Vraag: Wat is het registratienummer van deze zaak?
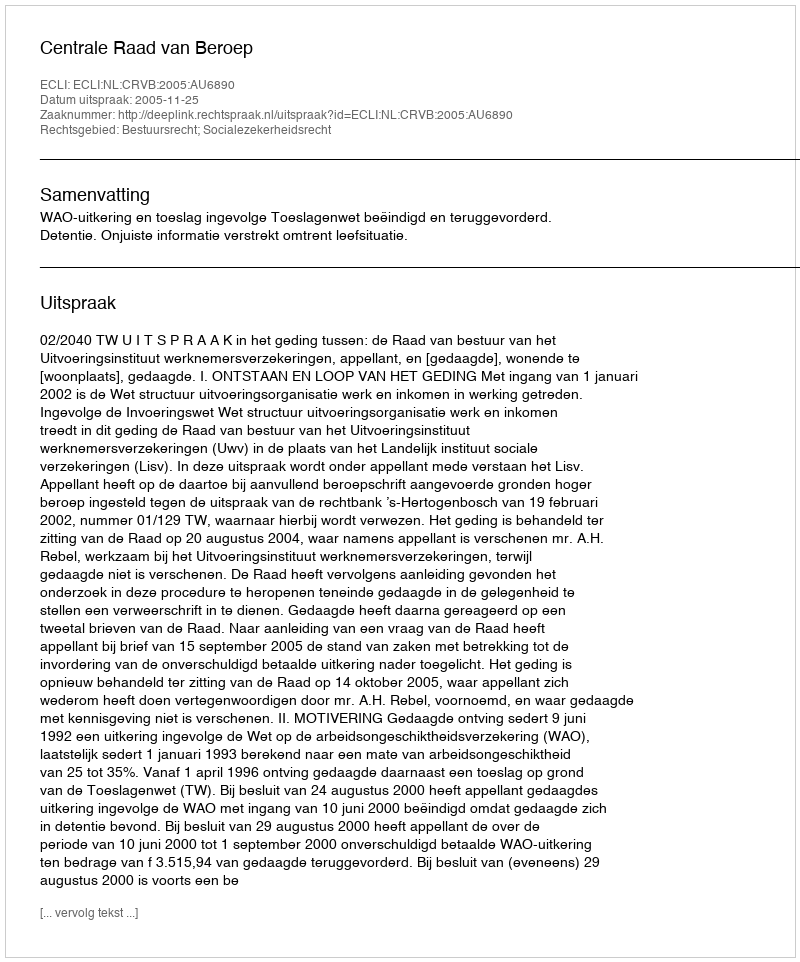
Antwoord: http://deeplink.rechtspraak.nl/uitspraak?id=ECLI:NL:CRVB:2005:AU6890